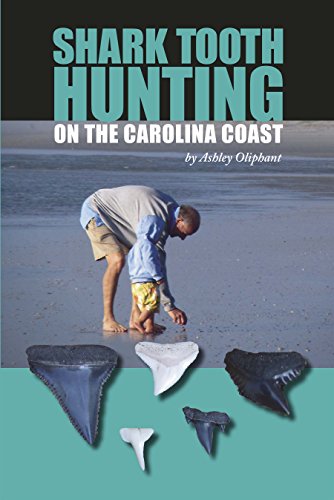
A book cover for Shark Tooth Hunting on the Carolina Coast; Ashley Oliphant; Science & Math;